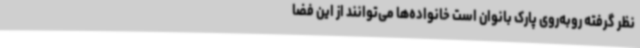
نظر گرفته روبه‌روی پارک بانوان است خانواده‌ها می‌توانند از این فضا